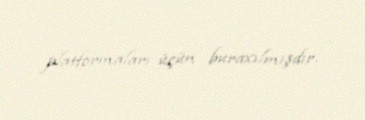
platformaları üçün buraxılmışdır.